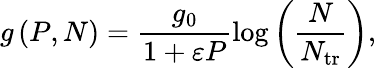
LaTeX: g\left(P,N\right)=\frac{g_{0}}{1+\varepsilon P}\log{\left(\frac{N}{N_{\mathrm{tr}}}\right)},